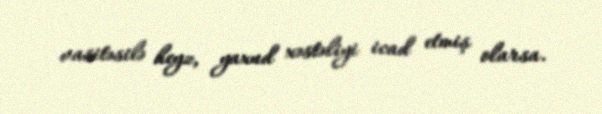
vasitəsilə heyz, yaxud xəstəliyi icad etmiş olarsa.